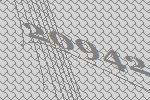
20942